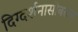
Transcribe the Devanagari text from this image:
दिग्दर्शनासोबतच